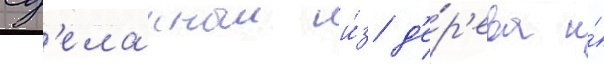
сд'еланныи и́з д'е́р'ева и́